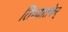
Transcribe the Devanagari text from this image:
तिच्यातफेर्